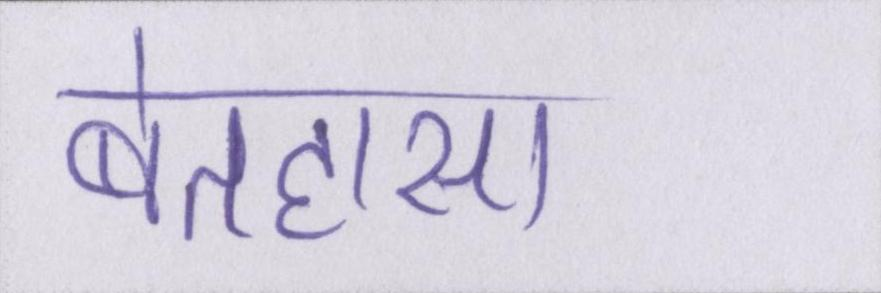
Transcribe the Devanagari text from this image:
बेतहासा